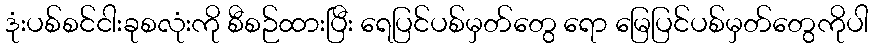
ဒုံးပစ်စင်ငါးခုစလုံးကို စီစဉ်ထားပြီး ရေပြင်ပစ်မှတ်တွေ ရော မြေပြင်ပစ်မှတ်တွေကိုပါ